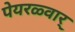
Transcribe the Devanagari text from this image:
पेयरळ्वार्